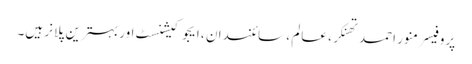
پروفیسر منور احمد تھنکر ، عالم ، سائنسدان ، ایجوکیشنسٹ اور بہترین پلانر ہیں۔